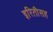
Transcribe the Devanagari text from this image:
इरितीसह